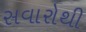
સવારોથી